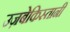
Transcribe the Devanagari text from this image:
उज़बेकिस्तानी